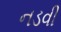
નડવી